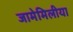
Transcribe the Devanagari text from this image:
जामेमिलीया